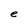
Character: e